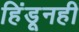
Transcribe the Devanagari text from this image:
हिंडूनही